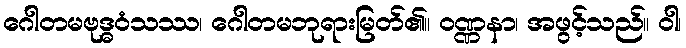
ဂေါတမဗုဒ္ဓဝံသဿ၊ ဂေါတမဘုရားမြတ်၏။ ဝဏ္ဏနာ၊ အဖွင့်သည်။ ဝါ၊